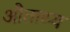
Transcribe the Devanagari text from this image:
औताथ्य